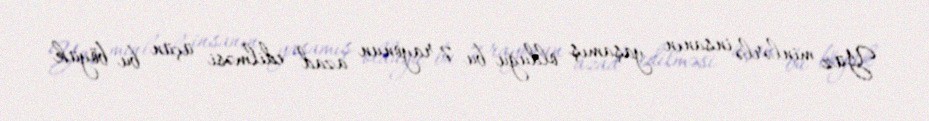
Yüz minlərlə insanın yaşamış olduğu bu 7 rayonun azad edilməsi üçün bu böyük